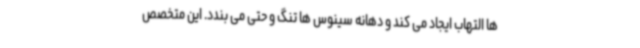
ها التهاب ایجاد می کند و دهانه سینوس ها تنگ و حتی می بندد. این متخصص